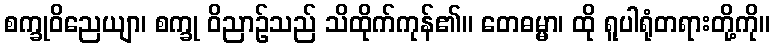
စက္ခုဝိညေယျာ၊ စက္ခု ဝိညာဉ်သည် သိထိုက်ကုန်၏။ တေဓမ္မာ၊ ထို ရူပါရုံတရားတို့ကို။